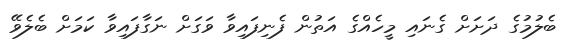
ބެލުމުގެ ދަށަށް ގެނައި މީހެއްގެ އަތުން ފެނިފައިވާ ވަގަށް ނަގާފައިވާ ކަމަށް ބެލެވޭ